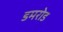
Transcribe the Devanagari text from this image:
डमरोड